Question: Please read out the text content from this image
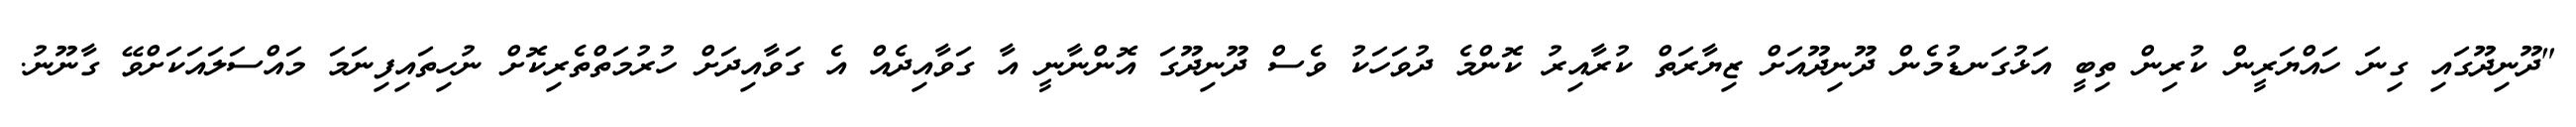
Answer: "ދޫނިދޫގައި ގިނަ ހައްޔަރީން ކުރިން ތިބީ އަޅުގަނޑުމެން ދޫނިދޫއަށް ޒިޔާރަތް ކުރާއިރު ކޮންމެ ދުވަހަކު ވެސް ދޫނިދޫގަ އޮންނާނީ އާ ގަވާއިދެއް އެ ގަވާއިދަށް ހުރުމަތްތެރިކޮށް ނުހިތައިފިނަމަ މައްސަލައަކަށްވޭ ގާނޫނު.